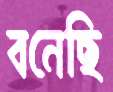
বনেছি